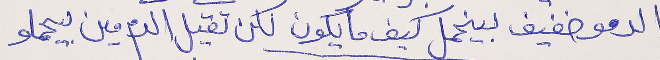
الدمو خفيف بينحمل كيف ما يكون لكن تقيل الدم مين بيحملو